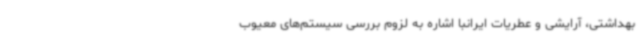
بهداشتی، آرایشی و عطریات ایرانبا اشاره به لزوم بررسی سیستم‌های معیوب